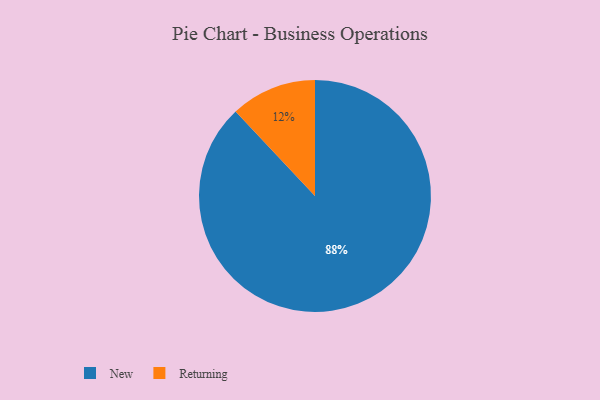
{"axis": {"x": "Category", "y": "Percentage"}, "legend": ["New", "Returning"], "data": [{"x": "New", "y": 88, "type": "New"}, {"x": "Returning", "y": 12, "type": "Returning"}]}